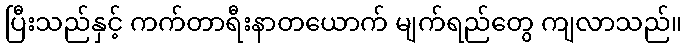
ပြီးသည်နှင့် ကက်တာရီးနာတယောက် မျက်ရည်တွေ ကျလာသည်။